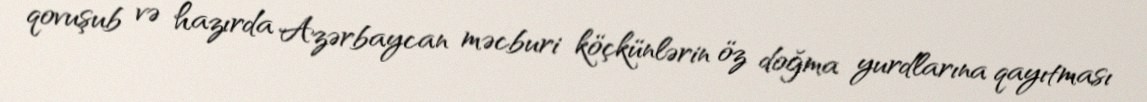
qovuşub və hazırda Azərbaycan məcburi köçkünlərin öz doğma yurdlarına qayıtması